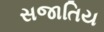
સજાતિય